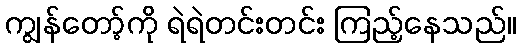
ကျွန်တော့်ကို ရဲရဲတင်းတင်း ကြည့်နေသည်။